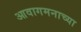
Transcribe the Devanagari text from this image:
आवागमनाच्या